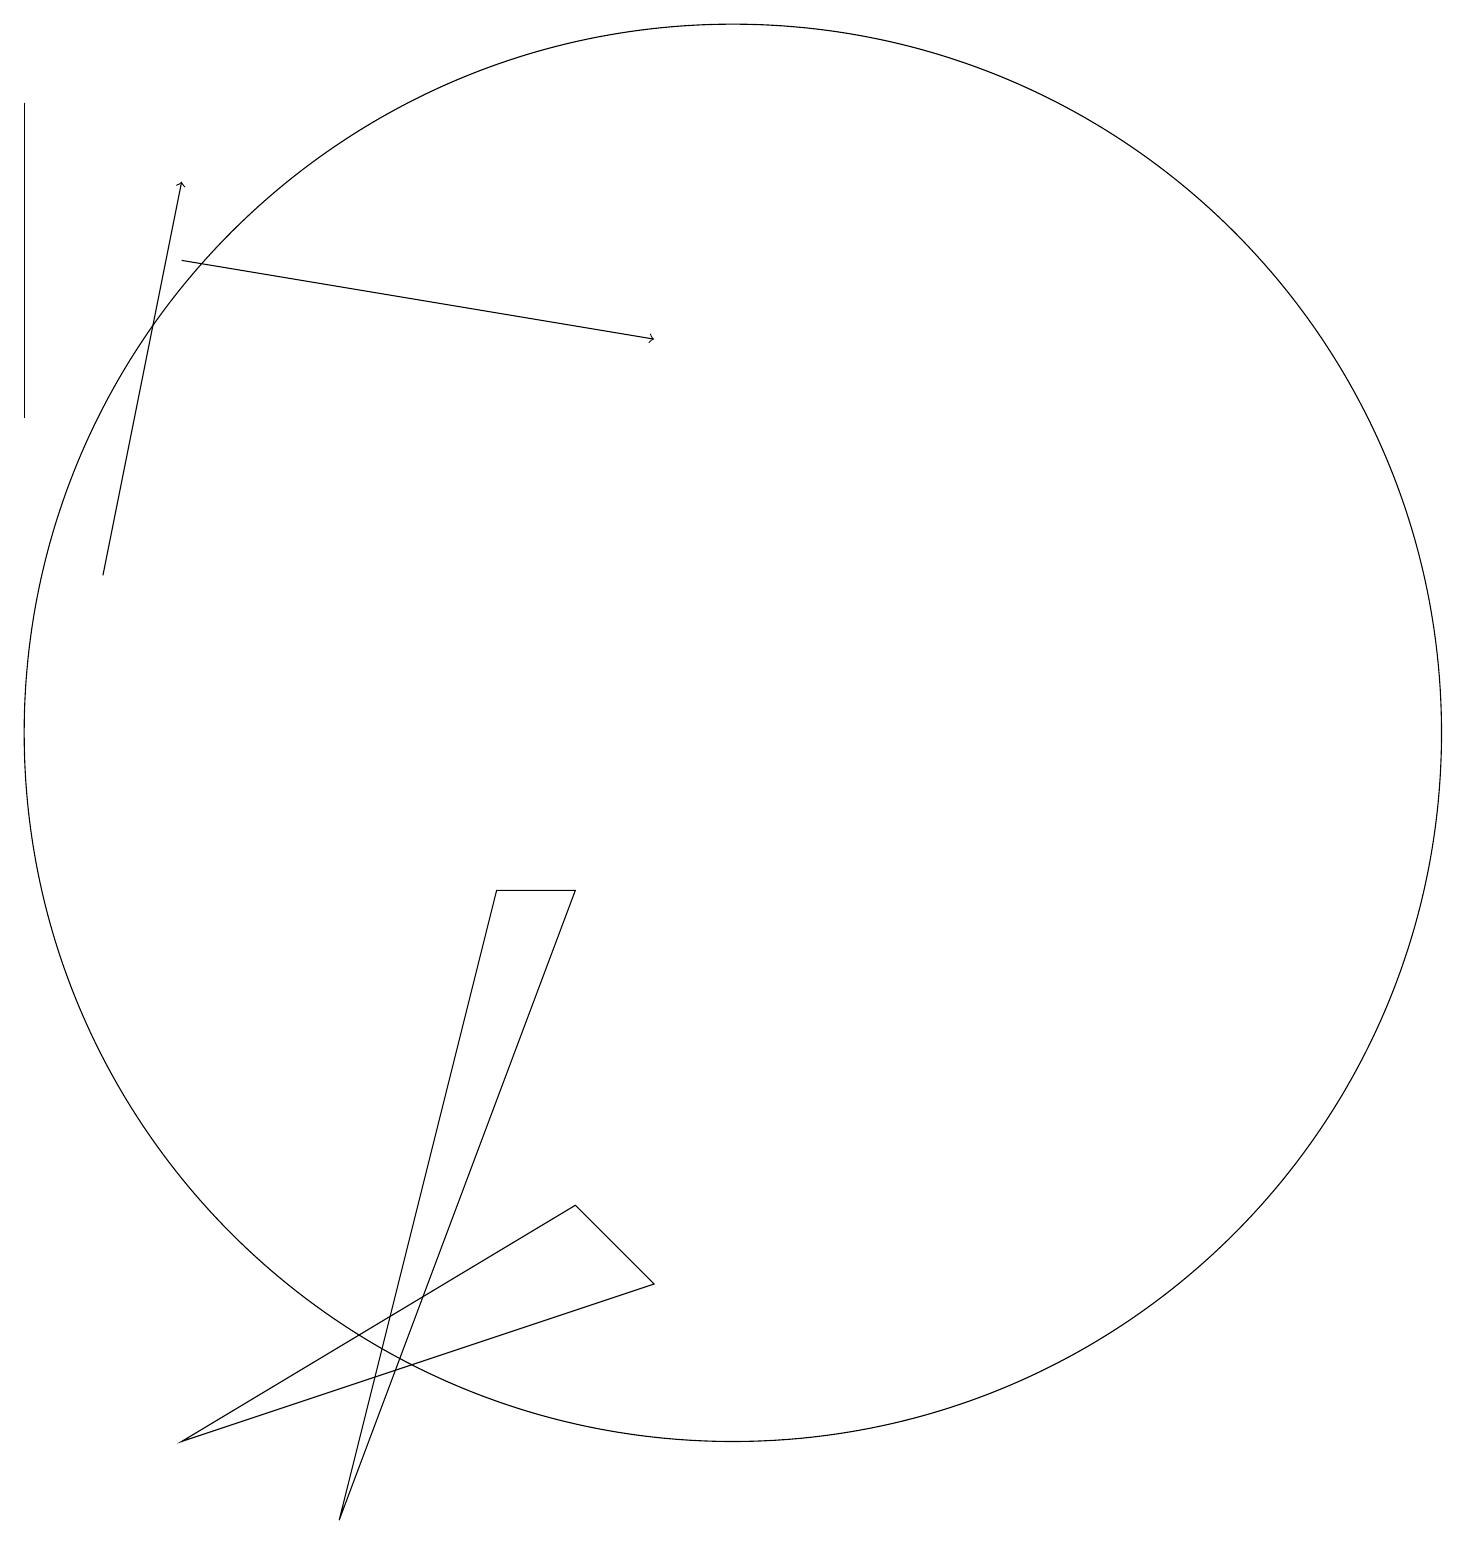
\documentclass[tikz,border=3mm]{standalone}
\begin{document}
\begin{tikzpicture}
\draw (1,18) rectangle (1,14);
\draw (10,10) circle (9);
\draw (5,0) -- (8,8) -- (7,8) -- cycle;
\draw (8,4) -- (3,1) -- (9,3) -- cycle;
\draw[->] (3,16) -- (9,15);
\draw[->] (2,12) -- (3,17);
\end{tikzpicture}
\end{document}